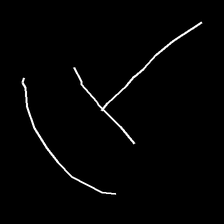
Glyph: dispersion